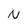
Character: N